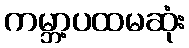
ကမ္ဘာ့ပထမဆုံး